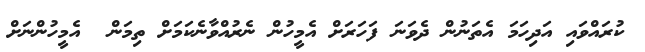
ކުރައްވައި އަދިހަމަ އެތަނުން ދެވަނަ ފަހަރަށް އެމީހުން ނެރުއްވާނެކަމަށް ތިމަން  އެމީހުންނަށް